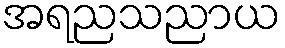
အရညသညာယ